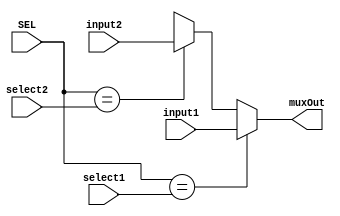
`timescale 1ns / 1ps
//////////////////////////////////////////////////////////////////////////////////
// Company: 
// Engineer: 
// 
// Design Name: 
// Module Name: MUX_2
// Project Name: 
// Target Devices: 
// Tool Versions: 
// Description: 
// 
// Dependencies: 
// 
// Revision:
// Revision 0.01 - File Created
// Additional Comments:
// 
//////////////////////////////////////////////////////////////////////////////////


module MUX_2 #(parameter WL = 4, WL_sel = 2)(
    input [WL_sel-1:0] SEL,
    input [WL_sel-1:0] select1, select2,
    input [WL-1:0] input1, input2,
    output [WL-1:0] muxOut
    );
    assign muxOut = SEL==select1 ? input1 : SEL==select2 ? input2 : 'bX;
endmodule